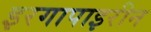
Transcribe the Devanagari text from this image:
इरगापाइरीन